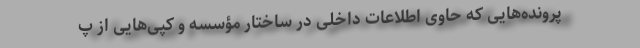
پرونده‌هایی که حاوی اطلاعات داخلی در ساختار مؤسسه و کپی‌هایی از پ